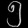
Digit: ၅